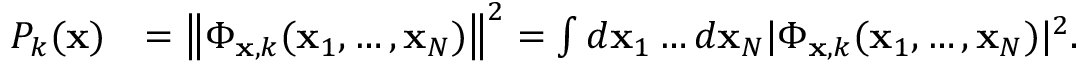
\begin{array} { r l } { P _ { k } ( \mathbf { x } ) } & { = \left\| \Phi _ { \mathbf { x } , k } ( \mathbf { x } _ { 1 } , \ldots , \mathbf { x } _ { N } ) \right\| ^ { 2 } = \int d \mathbf { x } _ { 1 } \ldots d \mathbf { x } _ { N } | \Phi _ { \mathbf { x } , k } ( \mathbf { x } _ { 1 } , \ldots , \mathbf { x } _ { N } ) | ^ { 2 } . } \end{array}